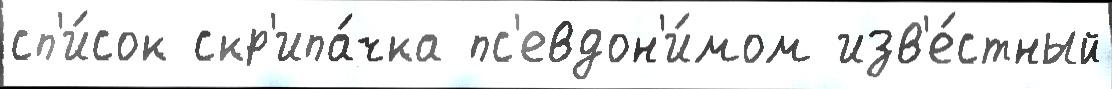
сп'и́сок скр'ипа́чка пс'евдон'и́мом изв'е́стный